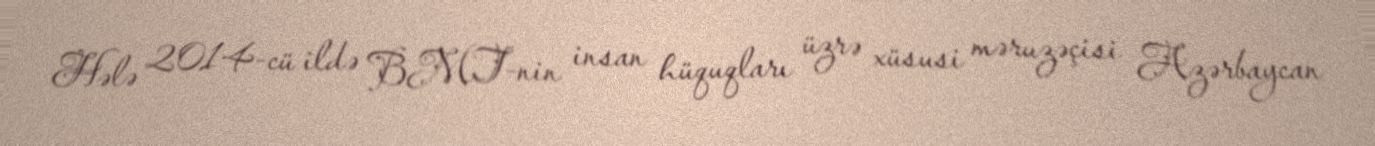
Hələ 2014-cü ildə BMT-nin insan hüquqları üzrə xüsusi məruzəçisi Azərbaycan